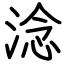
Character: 淰